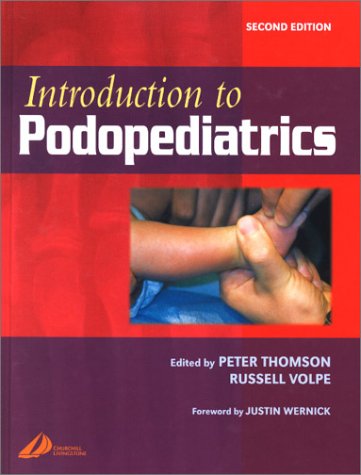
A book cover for Introduction to Podopediatrics, 2e; Medical Books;